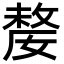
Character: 嫠